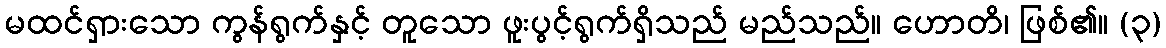
မထင်ရှားသော ကွန်ရွက်နှင့် တူသော ဖူးပွင့်ရွက်ရှိသည် မည်သည်။ ဟောတိ၊ ဖြစ်၏။ (၃)